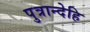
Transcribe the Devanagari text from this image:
पुत्रान्देहि